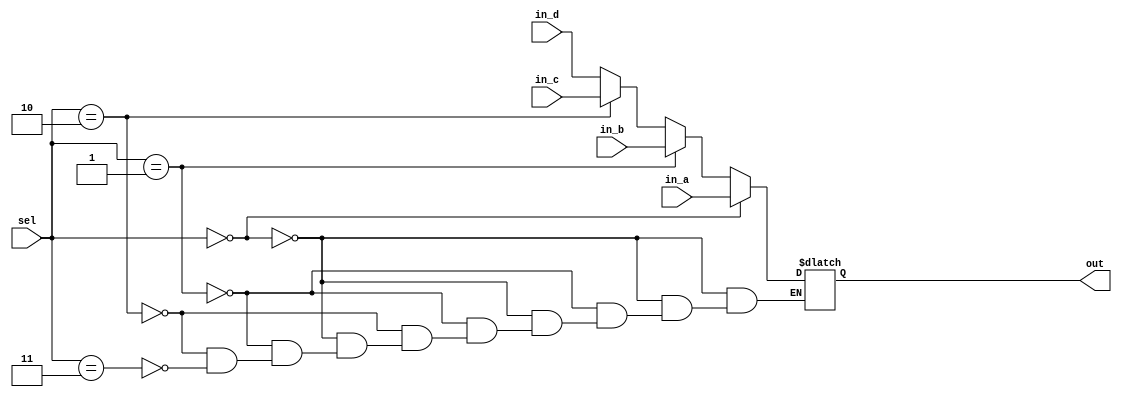
// ECE:3350 SISC processor project
// 32-bit mux

`timescale 1ns/100ps

module mux32 (in_a, in_b, in_c, in_d, sel, out);

  /*
   *  32-BIT MULTIPLEXER - mux32.v
   *
   *  Inputs:
   *   - in_a (32 bits): First input to multiplexer. Selected when sel = 0.
   *   - in_b (32 bits): Second input. Selected when sel = 1.
   *   - sel: Selects which input propagates to output.
   *
   *  Outputs:
   *   - out (32 bits): Multiplexer output.
   *
   */

  input  [31:0] in_a; // 00
  input  [31:0] in_b; // 01
  input  [31:0] in_c; // 10
  input  [31:0] in_d; // 11
  input  [1:0]  sel;
  output [31:0] out;

  reg   [31:0] outreg;
   
  always @ (in_a, in_b, sel, in_c, in_d)
  begin
    if (sel == 2'b00)
      begin
          outreg = in_a;
      end 
    else if (sel == 2'b01)
      begin
          outreg = in_b;
      end 
    else if (sel == 2'b10)
      begin 
          outreg = in_c;
      end 
    else if (sel == 2'b11)
      begin 
          outreg = in_d;
      end 
  end

  assign out = outreg;

endmodule